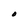
Character: O